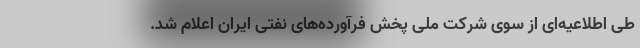
طی اطلاعیه‌ای از سوی شرکت ملی پخش فرآورده‌های نفتی ایران اعلام شد.